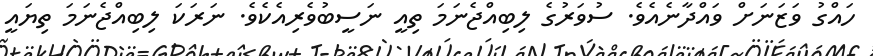
ހައްގު ވަޒަނަށް ވައްދާނެއެވެ. ސުވަރުގެ ލިބިއްޖެނަމަ ތިއީ ނަސީބުވެރިއެކެވެ. ނަރަކަ ލިބިއްޖެނަމަ ތިޔައީ